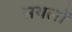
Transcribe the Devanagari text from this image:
सथलों